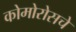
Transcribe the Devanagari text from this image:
कोमोरोसचे